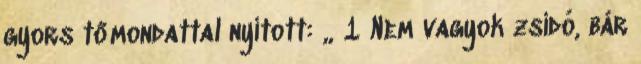
gyors tőmondattal nyitott: „ 1 Nem vagyok zsidó, bár